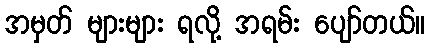
အမှတ် များများ ရလို့ အရမ်း ပျော်တယ်။